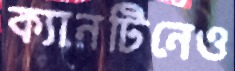
ক্যানটিনেও